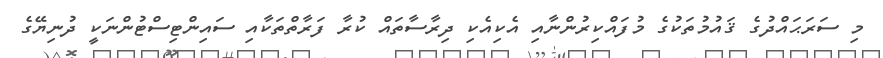
މި ސަރަޙައްދުގެ ޤައުމުތަކުގެ މުފައްކިރުންނާއި އެކިއެކި ދިރާސާތައް ކުރާ ފަރާތްތަކާއި ސައިންޓިސްޓުންނަކީ ދުނިޔޭގެ